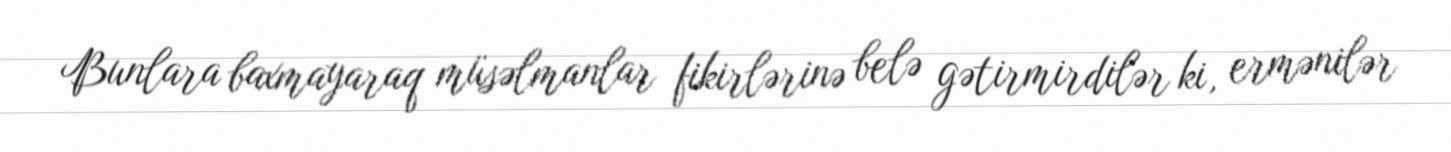
Bunlara baxmayaraq müsəlmanlar fikirlərinə belə gətirmirdilər ki, ermənilər